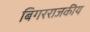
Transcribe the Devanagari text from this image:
बिगरराजकीय